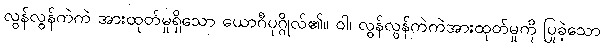
လွန်လွန်ကဲကဲ အားထုတ်မှုရှိသော ယောဂီပုဂ္ဂိုလ်၏။ ဝါ၊ လွန်လွန်ကဲကဲအားထုတ်မှုကို ပြုခဲ့သော